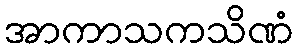
အာကာသကသိဏံ